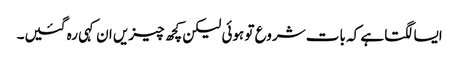
ایسا لگتا ہے کہ بات شروع تو ہوئی لیکن کچھ چیزیں ان کہی رہ گئیں۔